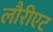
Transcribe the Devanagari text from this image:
लौरीएट